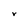
Character: V